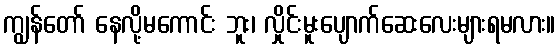
ကျွန်တော် နေလို့မကောင်း ဘူး၊ လှိုင်းမူးပျောက်ဆေးလေးများရမလား။